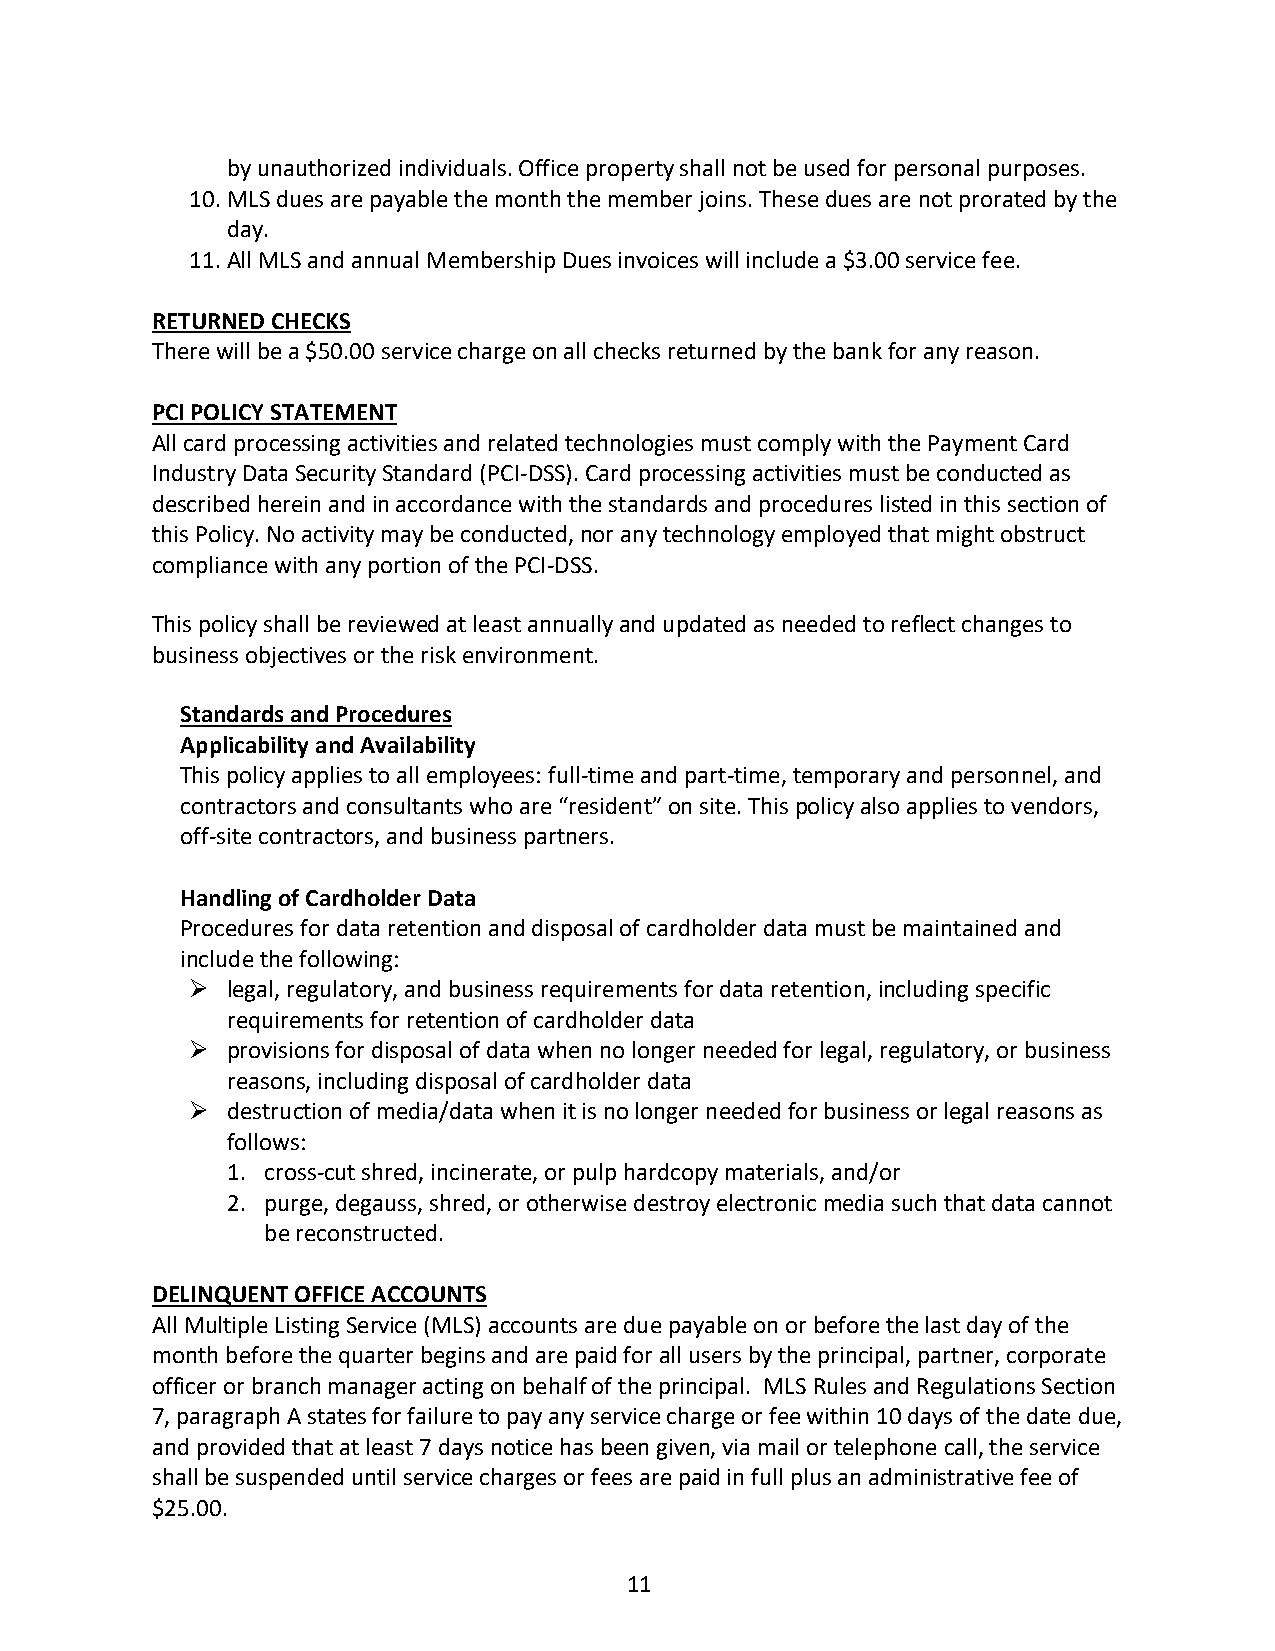
by unauthorized individuals. Office property shall not be used for personal purposes.
 10. MLS dues are payable the month the member joins. These dues are not prorated by the
 day.
 11. All MLS and annual Membership Dues invoices will include a $3.00 service fee.
 RETURNED CHECKS
 There will be a $50.00 service charge on all checks returned by the bank for any reason.
 PCI POLICY STATEMENT
 All card processing activities and related technologies must comply with the Payment Card
 Industry Data Security Standard (PCI-DSS). Card processing activities must be conducted as
 described herein and in accordance with the standards and procedures listed in this section of
 this Policy. No activity may be conducted, nor any technology employed that might obstruct
 compliance with any portion of the PCI-DSS.
 This policy shall be reviewed at least annually and updated as needed to reflect changes to
 business objectives or the risk environment.
 Standards and Procedures
 Applicability and Availability
 This policy applies to all employees: full-time and part-time, temporary and personnel, and
 contractors and consultants who are “resident” on site. This policy also applies to vendors,
 off-site contractors, and business partners.
 Handling of Cardholder Data
 Procedures for data retention and disposal of cardholder data must be maintained and
 include the following:
 Ø legal, regulatory, and business requirements for data retention, including specific
 requirements for retention of cardholder data
 Ø provisions for disposal of data when no longer needed for legal, regulatory, or business
 reasons, including disposal of cardholder data
 Ø destruction of media/data when it is no longer needed for business or legal reasons as
 follows:
 1. cross-cut shred, incinerate, or pulp hardcopy materials, and/or
 2. purge, degauss, shred, or otherwise destroy electronic media such that data cannot
 be reconstructed.
 DELINQUENT OFFICE ACCOUNTS
 All Multiple Listing Service (MLS) accounts are due payable on or before the last day of the
 month before the quarter begins and are paid for all users by the principal, partner, corporate
 officer or branch manager acting on behalf of the principal. MLS Rules and Regulations Section
 7, paragraph A states for failure to pay any service charge or fee within 10 days of the date due,
 and provided that at least 7 days notice has been given, via mail or telephone call, the service
 shall be suspended until service charges or fees are paid in full plus an administrative fee of
 $25.00.
 11